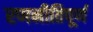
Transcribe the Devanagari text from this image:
रणनीतिपूर्ण